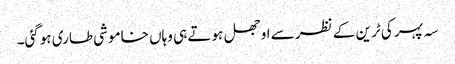
سہ پہر کی ٹرین کے نظر سے اوجھل ہوتے ہی وہاں خاموشی طاری ہوگئی۔